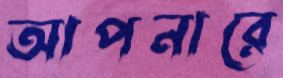
আপনারে